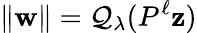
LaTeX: \| \mathbf{w}\| =\mathcal{Q}_{\lambda}(P^{\ell}\mathbf{z})